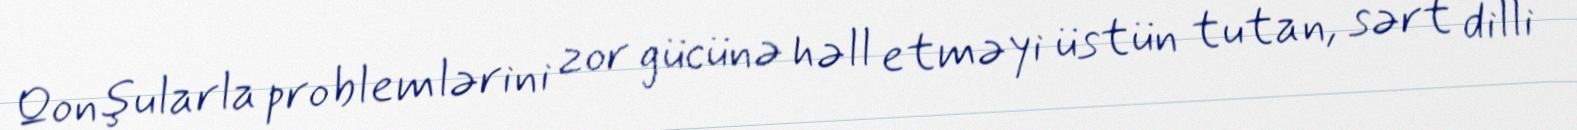
Qonşularla problemlərini zor gücünə həll etməyi üstün tutan, sərt dilli